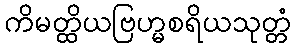
ကိမတ္ထိယဗြဟ္မစရိယသုတ္တံ